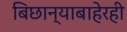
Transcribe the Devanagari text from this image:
बिछान्याबाहेरही